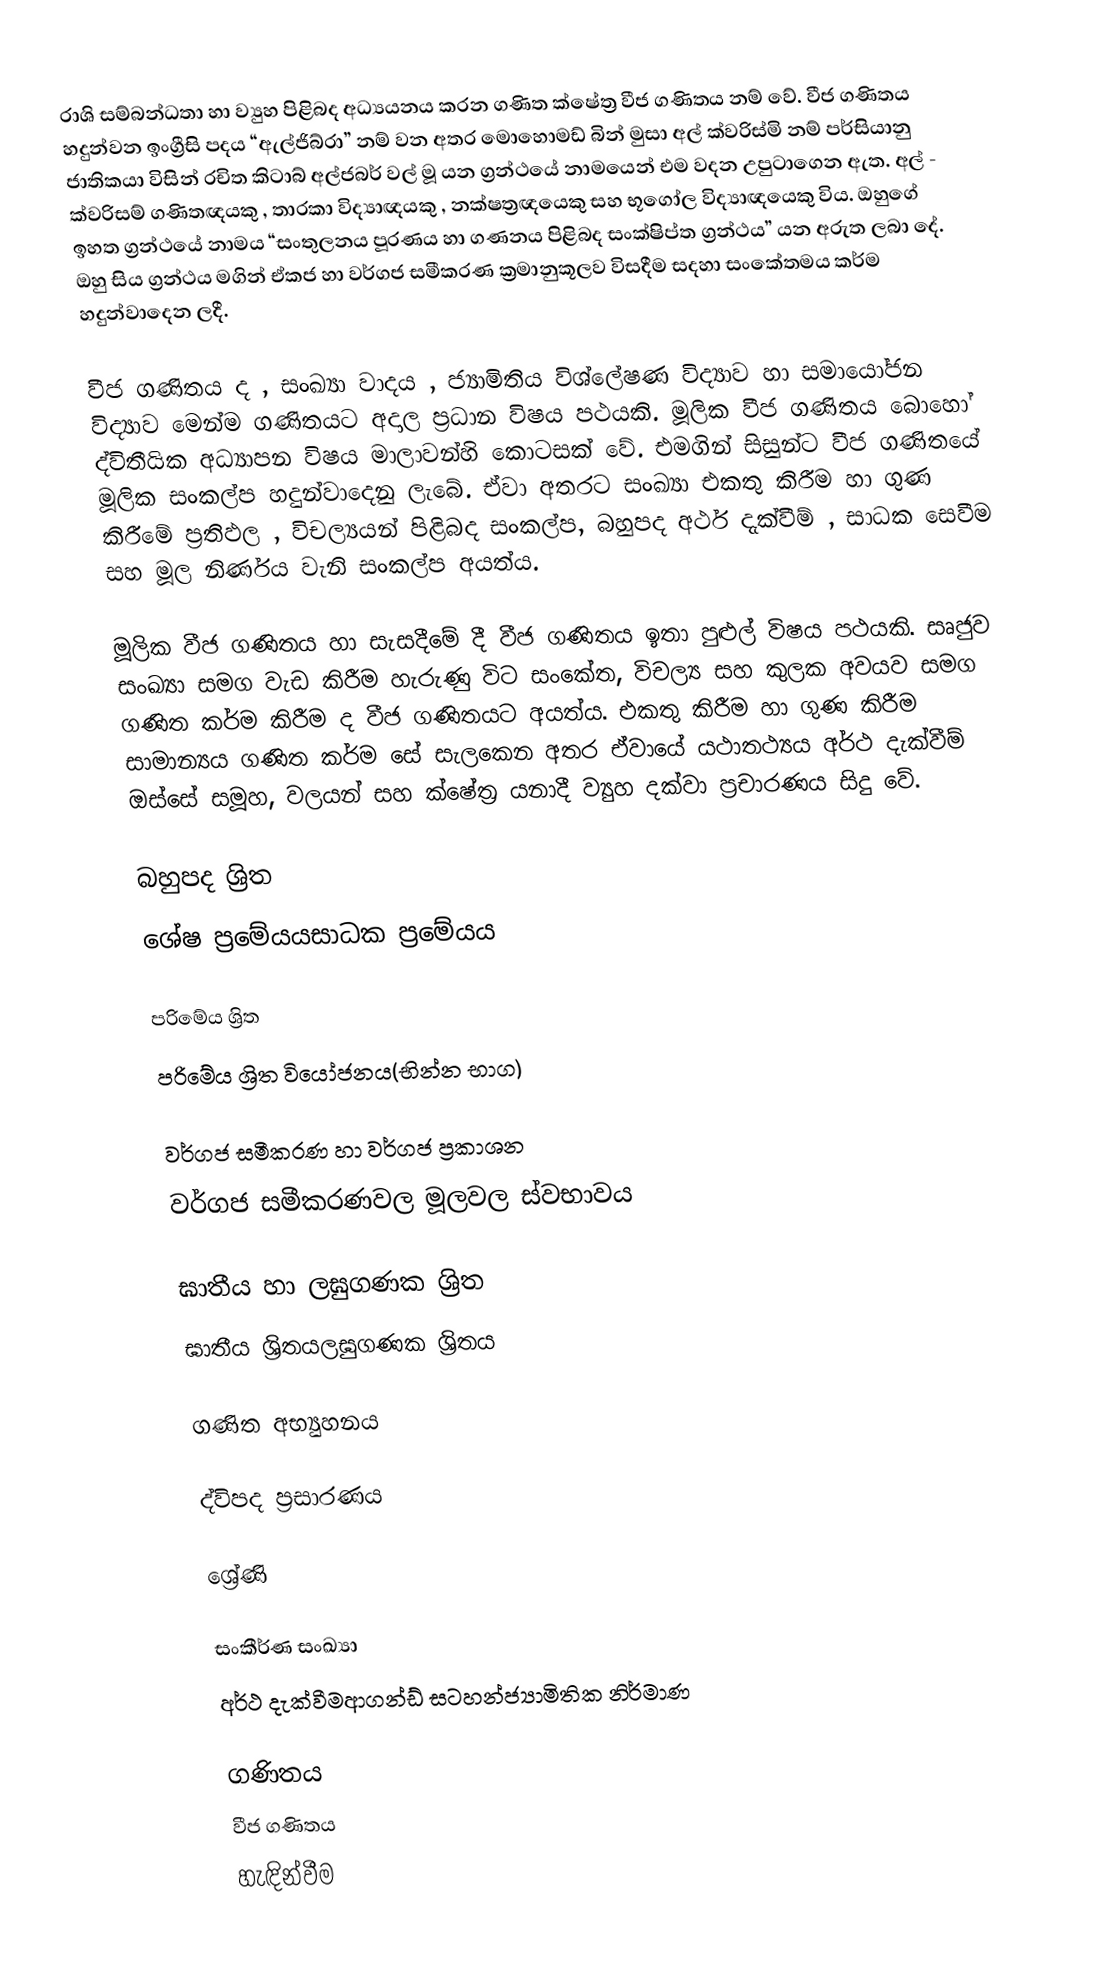
රාශි සම්බන්ධතා හා ව්‍යුහ පිළිබද අධ්‍යයනය කරන ගණිත ක්ෂේත්‍ර වීජ ගණිතය නම් වේ. වීජ ගණිතය හදුන්වන ඉංග්‍රීසි පදය “ඇල්ජිබ්රා” නම් වන අතර මොහොමඩ් බින් මුසා අල් ක්වරිස්මි නම් පර්සියානු ජාතිකයා විසින් රචිත කිටාබ් අල්ජබර් වල් මූ යන ග්‍රන්ථයේ නාමයෙන් එම වදන උපුටාගෙන ඇත. අල් - ක්වරිසම් ගණිතඥයකු , තාරකා විද්‍යාඥයකු , නක්ෂත්‍රඥයෙකු සහ භූගෝල විද්‍යාඥයෙකු විය. ඔහුගේ ඉහත ග්‍රන්ථයේ නාමය “සංතුලනය පූරණය හා ගණනය පිළිබද සංක්ෂිප්ත ග්‍රන්ථය” යන අරුත ලබා දේ. ඔහු සිය ග්‍රන්ථය මගින් ඒකජ හා වර්ගජ සමීකරණ ක්‍රමානුකූලව විසදීම සදහා සංකේතමය කර්ම හදුන්වාදෙන ලදී.

වීජ ගණිතය ද , සංඛ්‍යා වාදය , ජ්‍යාමිතිය විශ්ලේෂණ විද්‍යාව හා සමායෝජන විද්‍යාව මෙන්ම ගණිතයට අදාල ප්‍රධාන විෂය පථයකි. මූලික වීජ ගණිතය බොහෝ ද්විතීයික අධ්‍යාපන විෂය මාලාවන්හි කොටසක් වේ. එමගින් සිසුන්ට වීජ ගණිතයේ මූලික සංකල්ප හදුන්වාදෙනු ලැබේ. ඒවා අතරට සංඛ්‍යා එකතු කිරීම හා ගුණ කිරීමේ ප්‍රතිඵල , විචල්‍යයන් පිළිබද සංකල්ප, බහුපද අර්ථ දැක්වීම් , සාධක සෙවීම සහ මූල නිර්ණය වැනි සංකල්ප අයත්ය.

මූලික වීජ ගණිතය හා සැසදීමේ දී වීජ ගණිතය ඉතා පුළුල් විෂය පථයකි. සෘජුව සංඛ්‍යා සමග වැඩ කිරීම හැරුණු විට සංකේත, විචල්‍ය සහ කුලක අවයව සමග ගණිත කර්ම කිරීම ද වීජ ගණිතයට අයත්ය. එකතු කිරීම හා ගුණ කිරීම සාමාන්‍යය ගණිත කර්ම සේ සැලකෙන අතර ඒවායේ යථාතථ්‍යය අර්ථ දැක්වීම් ඔස්සේ සමූහ, වලයන් සහ ක්ෂේත්‍ර යනාදී ව්‍යුහ දක්වා ප්‍රචාරණය සිදු වේ.

බහුපද ශ්‍රිත
ශේෂ ප්‍රමේයයසාධක ප්‍රමේයය

පරිමේය ශ්‍රිත
පරි‍මේය ශ්‍රිත වියෝජනය(භින්න භාග)

වර්ගජ සමීකරණ හා වර්ගජ ප්‍රකාශන
වර්ගජ සමීකරණවල මූලවල ස්වභාවය

ඝාතීය හා ලඝුගණක ශ්‍රිත
ඝාතීය ශ්‍රිතයලඝුගණක ශ්‍රිතය

ගණිත අභ්‍යුහනය

ද්විපද ප්‍රසාරණය

ශ්‍රේණි

සංකීර්ණ සංඛ්‍යා
අර්ථ දැක්වීමආගන්ඩ් සටහන්ජ්‍යාමිතික නිර්මාණ

ගණිතය
වීජ ගණිතය
හැඳින්වීම